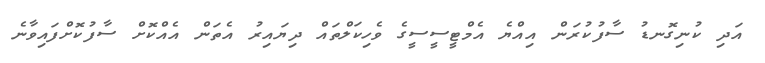
އަދި ކުނިގޮނޑު ސާފުކުރަން އިއްޔެ އެމްޓީސީސީގެ ވެހިކަލްތައް ދިޔައިރު އެތަން އެއްކޮށް ސާފުކޮށްފައިވާނެ